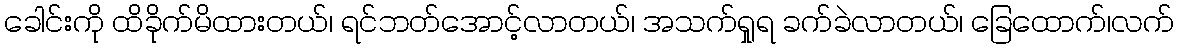
ခေါင်းကို ထိခိုက်မိထားတယ်၊ ရင်ဘတ်အောင့်လာတယ်၊ အသက်ရှုရ ခက်ခဲလာတယ်၊ ခြေထောက်၊လက်